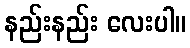
နည်းနည်း လေးပါ။